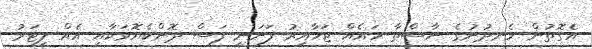
އެގޮތުން ހެނދުނުގެ ނާސްތާ ހައެއް ޖަހާއިރު ފަށަނީ ފަސް ދޮންކެޔޮވަކާއި އެއް ލީޓަރު